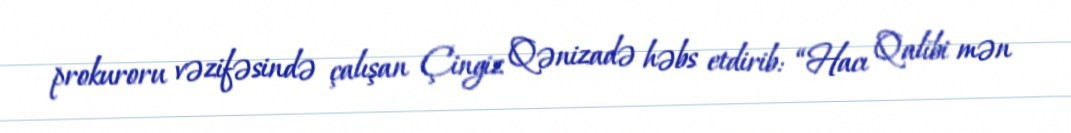
prokuroru vəzifəsində çalışan Çingiz Qənizadə həbs etdirib: “Hacı Qalibi mən